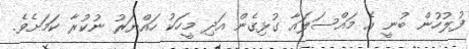
ފުލުހުން ބުނީ އެ މައްސަލައާ ގުޅިގެން އަދި މީހަކު ހައްޔަރު ނުކުރާ ކަމަށެވެ.